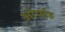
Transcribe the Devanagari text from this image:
ओर्पाह